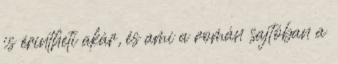
is érintheti akár, és ami a román sajtóban a